Leaving Certificate, 1897
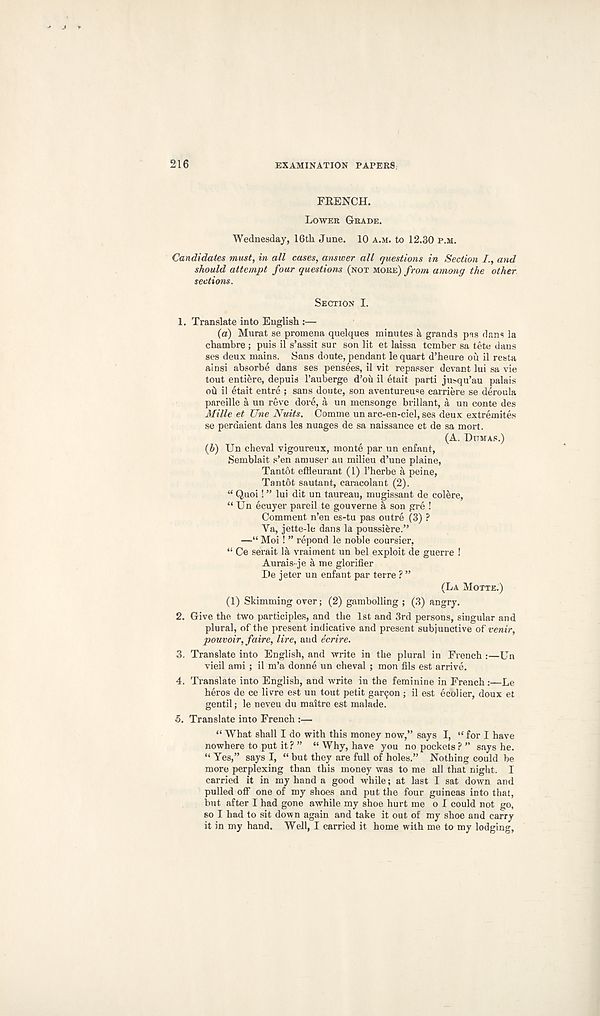
216
EXAMINATION PAPERS.
FKENCH.
LOWER GRADE.
Wednesday, 16th June. 10 A.M. to 12.30 P.M.
Candidates must, in all cases, answer all questions in Section I., and
should attempt four questions (NOT MORE) from among the other
sections.
SECTION I.
1. Translate into English :—
(a) Murat se promena quelques minutes a grands pas dans la
chambre ; puis il s’assit sur son lit et laissa tcmber sa tete dans
ses deux mains. Sans doute, pendant le quart d’heure ou il resta
ainsi absorbe dans ses pensees, il vit repasser devant lui sa vie
tout entiere, depuis I’auberge d’ou il etait parti jusqu’au palais
ou il etait entre ; sans doute, son aventureuse carriere se deroula
pareille a un reve dore, a un mensonge brillant, a un conte des
Mille et Une Nuits. Comme un arc-en-ciel, ses deux: extremites
se perdaient dans les nuages de sa naissance et de sa mort.
(A. DUMAS.)
(6) Un cheval vigoureux, monte par un enfant,
Semblait s’en amuser au milieu d’une plaine,
Tant6t effleurant (1) I’herbe a peine,
Tant6t sautant, caracolant (2).
“ Quoi! ” lui dit un taureau, mugissant de colere,
“ Un ecuyer pared te gouverne a son gre !
Comment n’en es-tu pas outre (3) ?
Ya, jette-le dans la poussi&re.”
—“ Moi ! ” repond le noble coursier,
“ Ce serait la vraiment un bel exploit de guerre !
Aurais-je a me glorifier
De jeter un enfant par terre ? ”
(LA MOTTE.)
(1) Skimming over; (2) gambolling ; (3) angry.
2. Give the two participles, and the 1st and 3rd persons, singular and
plural, of the present indicative and present subjunctive of venir,
pouvoir, faire, lire, and ecrire.
3. Translate into English, and write in the plural in French :—Un
vieil ami ; il m’a donne un cheval ; mon fils est arrive.
4. Translate into English, and write in the feminine in French :—Le
heros de ce livre est un tout petit garden ; il est ecolier, doux et
gentil; le ueveu du maitre est malade.
5. Translate into French :—
“ What shall I do with this money now,” says I, <£ for I have
nowhere to put it? ” “ Why, have you no pockets ? ” says he.
“ Yes,” says I, “ but they are full of holes.” Nothing could be
more perplexing than this money was to me all that night. I
carried it in my hand a good while; at last I sat down and
pulled off one of my shoes and put the four guineas into that,
but after I had gone awhile my shoe hurt me o I could not go,
so I had to sit down again and take it out of my shoe and carry
it in my hand. Well, I carried it home with me to my lodging,